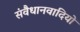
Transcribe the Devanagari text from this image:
संवैधानवादियों